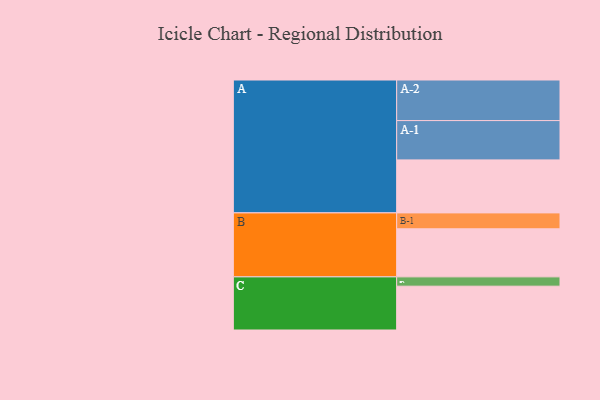
{"axis": {"x": "Segment", "y": "Value"}, "legend": ["", "A", "B", "C"], "data": [{"x": "A", "y": 376, "type": ""}, {"x": "B", "y": 341, "type": ""}, {"x": "C", "y": 311, "type": ""}, {"x": "A-1", "y": 279, "type": "A"}, {"x": "A-2", "y": 288, "type": "A"}, {"x": "B-1", "y": 113, "type": "B"}, {"x": "C-1", "y": 66, "type": "C"}]}